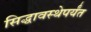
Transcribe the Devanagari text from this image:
सिद्धावस्थेपर्यंत